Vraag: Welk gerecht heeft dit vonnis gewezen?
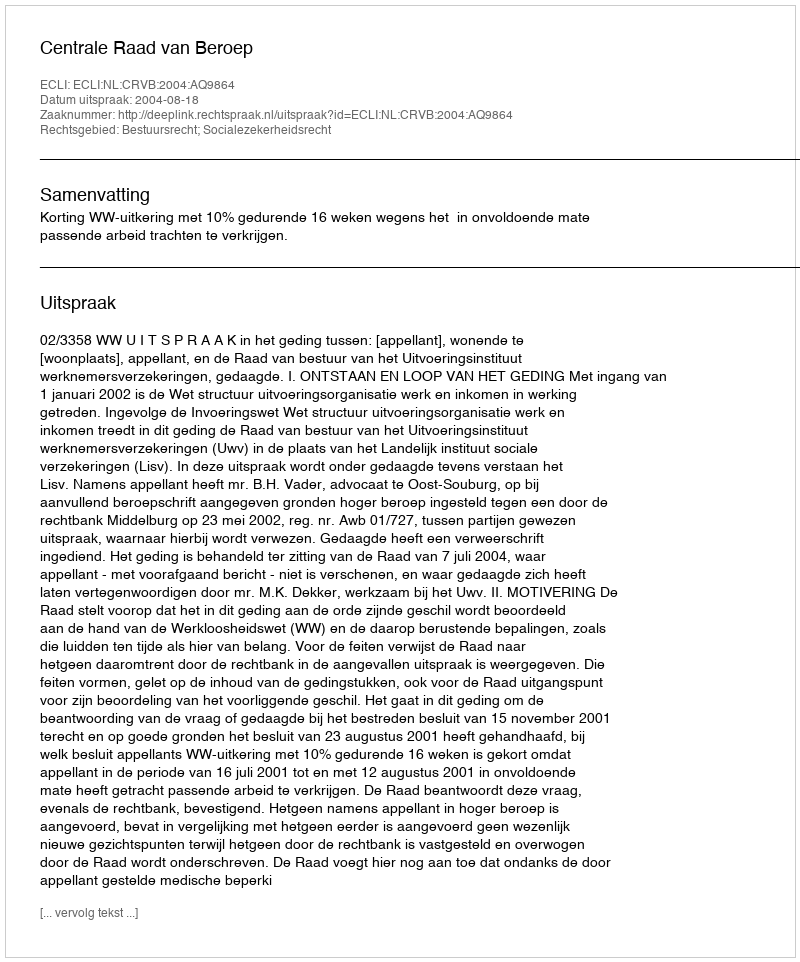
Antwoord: Centrale Raad van Beroep